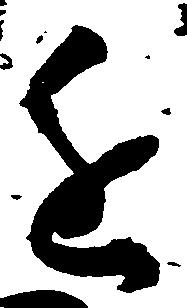
進